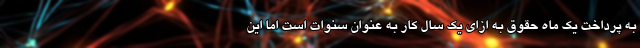
به پرداخت یک ماه حقوق به ازای یک سال کار به عنوان سنوات است اما این